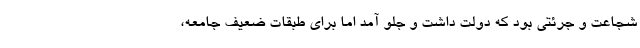
شجاعت و جرئتی بود که دولت داشت و جلو آمد اما برای طبقات ضعیف جامعه،